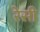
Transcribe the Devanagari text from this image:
रेसी